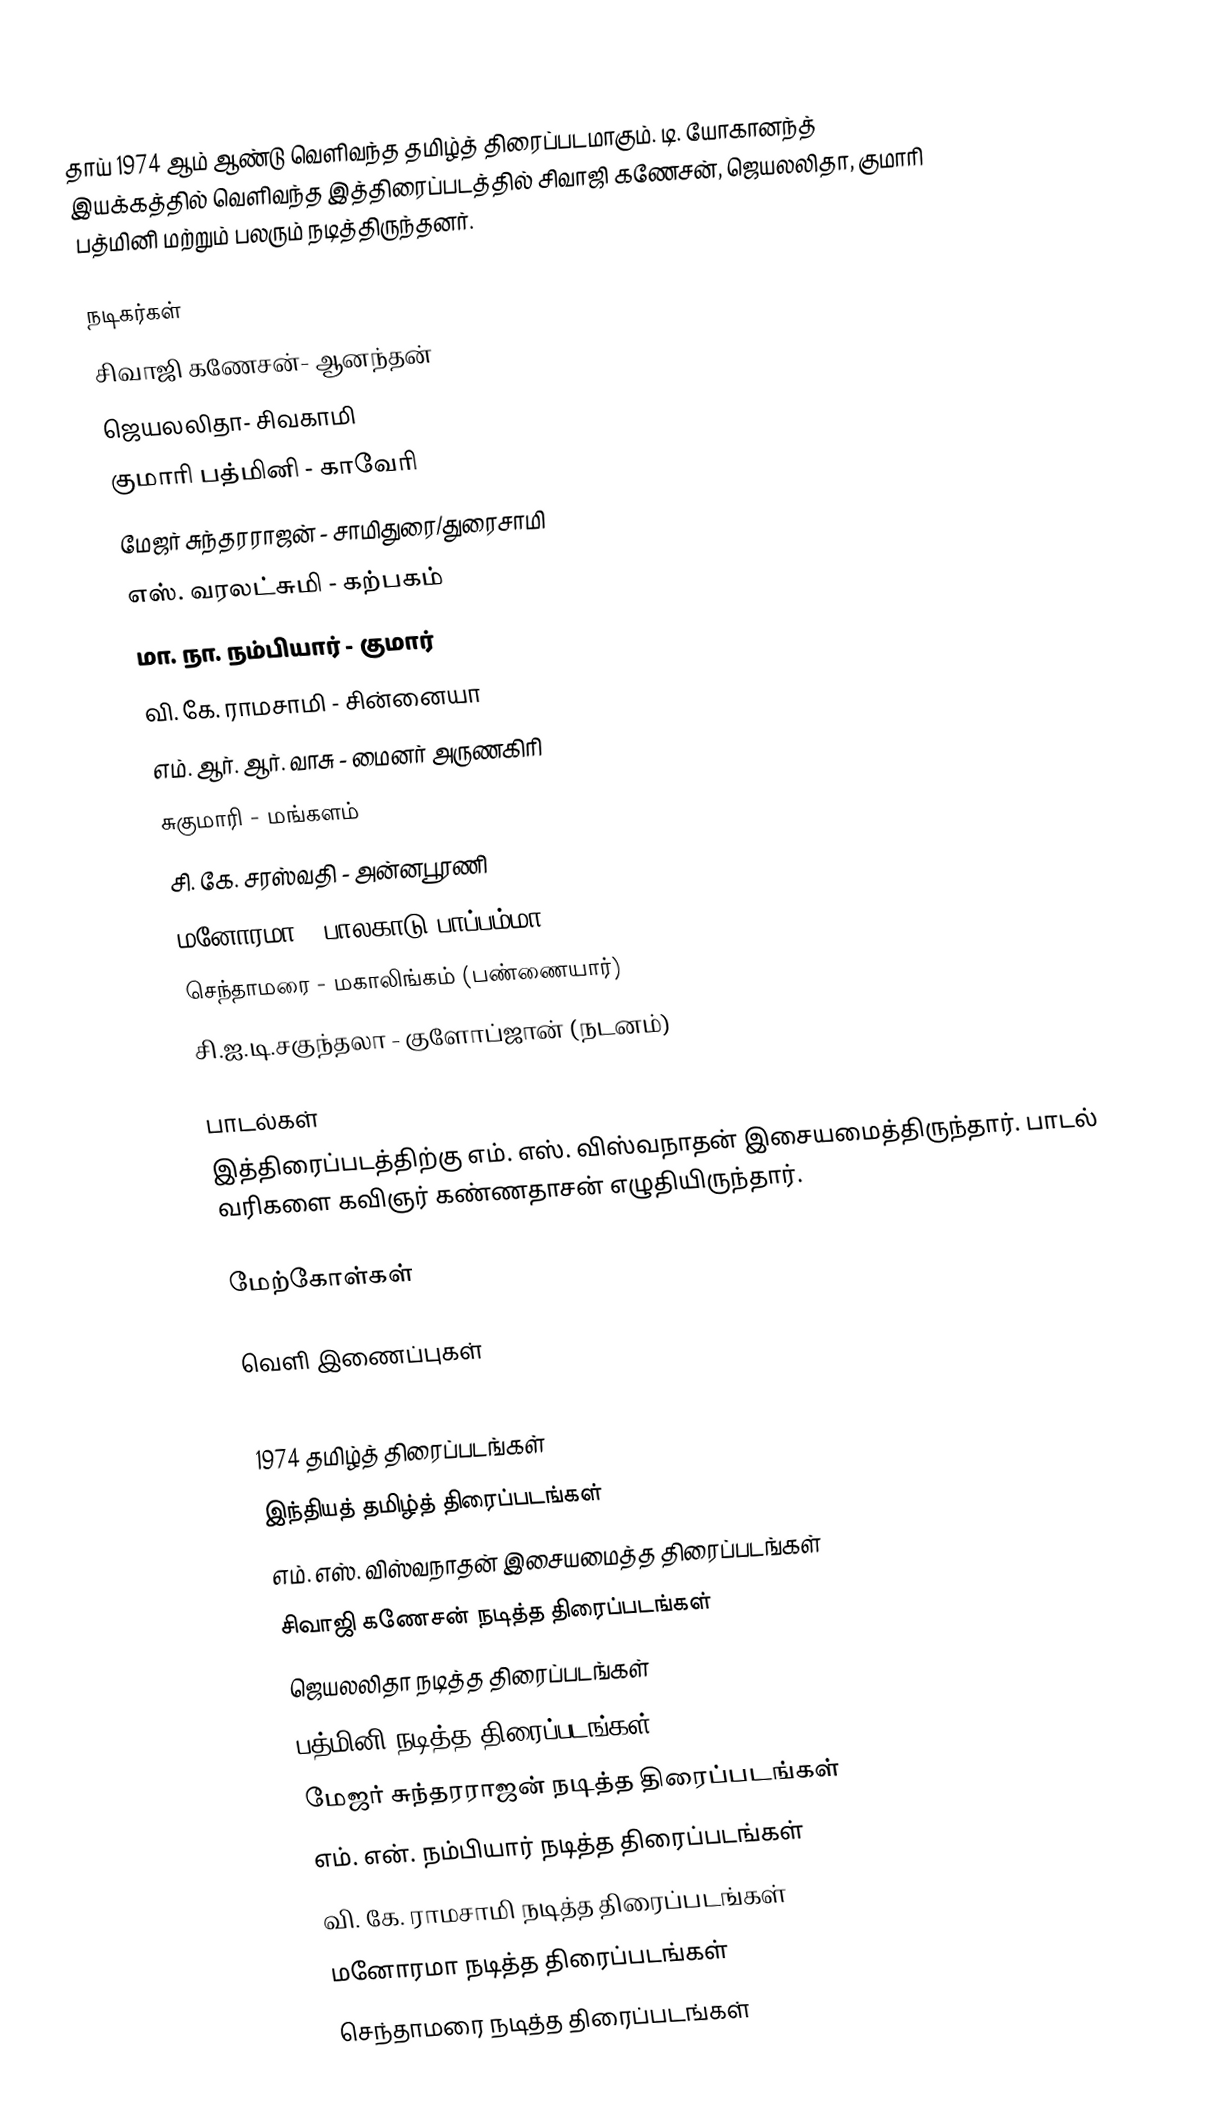
தாய் 1974 ஆம் ஆண்டு வெளிவந்த தமிழ்த் திரைப்படமாகும். டி. யோகானந்த் இயக்கத்தில் வெளிவந்த இத்திரைப்படத்தில் சிவாஜி கணேசன், ஜெயலலிதா, குமாரி பத்மினி மற்றும் பலரும் நடித்திருந்தனர்.

நடிகர்கள்
சிவாஜி கணேசன்-  ஆனந்தன்
ஜெயலலிதா- சிவகாமி
குமாரி பத்மினி - காவேரி
மேஜர் சுந்தரராஜன் - சாமிதுரை/துரைசாமி
எஸ். வரலட்சுமி - கற்பகம்
மா. நா. நம்பியார் - குமார்
வி. கே. ராமசாமி - சின்னையா
எம். ஆர். ஆர். வாசு - மைனர் அருணகிரி
சுகுமாரி - மங்களம்
சி. கே. சரஸ்வதி - அன்னபூரணி
மனோரமா - பாலகாடு பாப்பம்மா
செந்தாமரை - மகாலிங்கம் (பண்ணையார்)
சி.ஐ.டி.சகுந்தலா - குளோப்ஜான் (நடனம்)

பாடல்கள்
இத்திரைப்படத்திற்கு எம். எஸ். விஸ்வநாதன் இசையமைத்திருந்தார். பாடல் வரிகளை கவிஞர் கண்ணதாசன் எழுதியிருந்தார்.

மேற்கோள்கள்

வெளி இணைப்புகள்

1974 தமிழ்த் திரைப்படங்கள்
இந்தியத் தமிழ்த் திரைப்படங்கள்
எம். எஸ். விஸ்வநாதன் இசையமைத்த திரைப்படங்கள்
சிவாஜி கணேசன் நடித்த திரைப்படங்கள்
ஜெயலலிதா நடித்த திரைப்படங்கள்
பத்மினி நடித்த திரைப்படங்கள்
மேஜர் சுந்தரராஜன் நடித்த திரைப்படங்கள்
எம். என். நம்பியார் நடித்த திரைப்படங்கள்
வி. கே. ராமசாமி நடித்த திரைப்படங்கள்
மனோரமா நடித்த திரைப்படங்கள்
செந்தாமரை நடித்த திரைப்படங்கள்